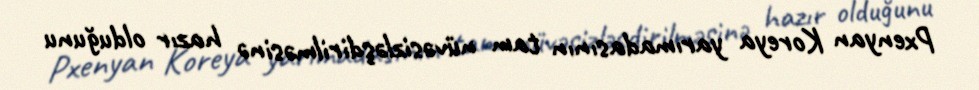
Pxenyan Koreya yarımadasının tam nüvəsizləşdirilməsinə hazır olduğunu